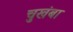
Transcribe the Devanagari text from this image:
चुखंबा